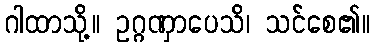
ဂါထာသို့။ ဥဂ္ဂဏှာပေသိ၊ သင်စေ၏။